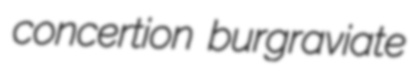
concertion burgraviate